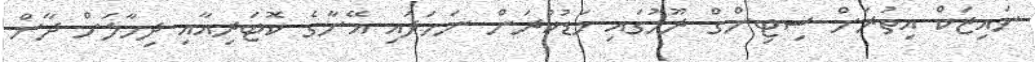
ނައިޒަކް އިތުރަށް ސިޓިންގް ރޫމުގައި މަޑުކުރަން ނަހަދައި އޭނާގެ ކޮޓަރިއާއި ދިމާލަށް ދާން